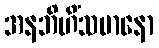
အနဘိဟိံသမာနော